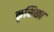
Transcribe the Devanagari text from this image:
कृशिका